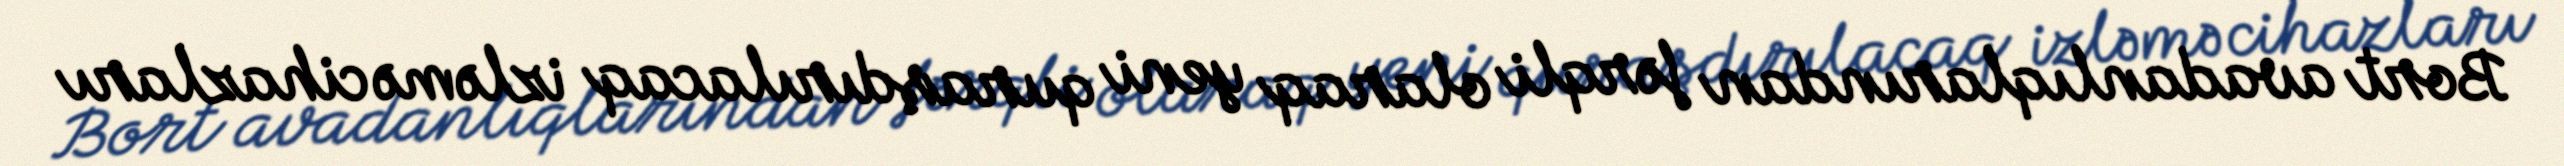
Bort avadanlıqlarından fərqli olaraq yeni quraşdırılacaq izləmə cihazları